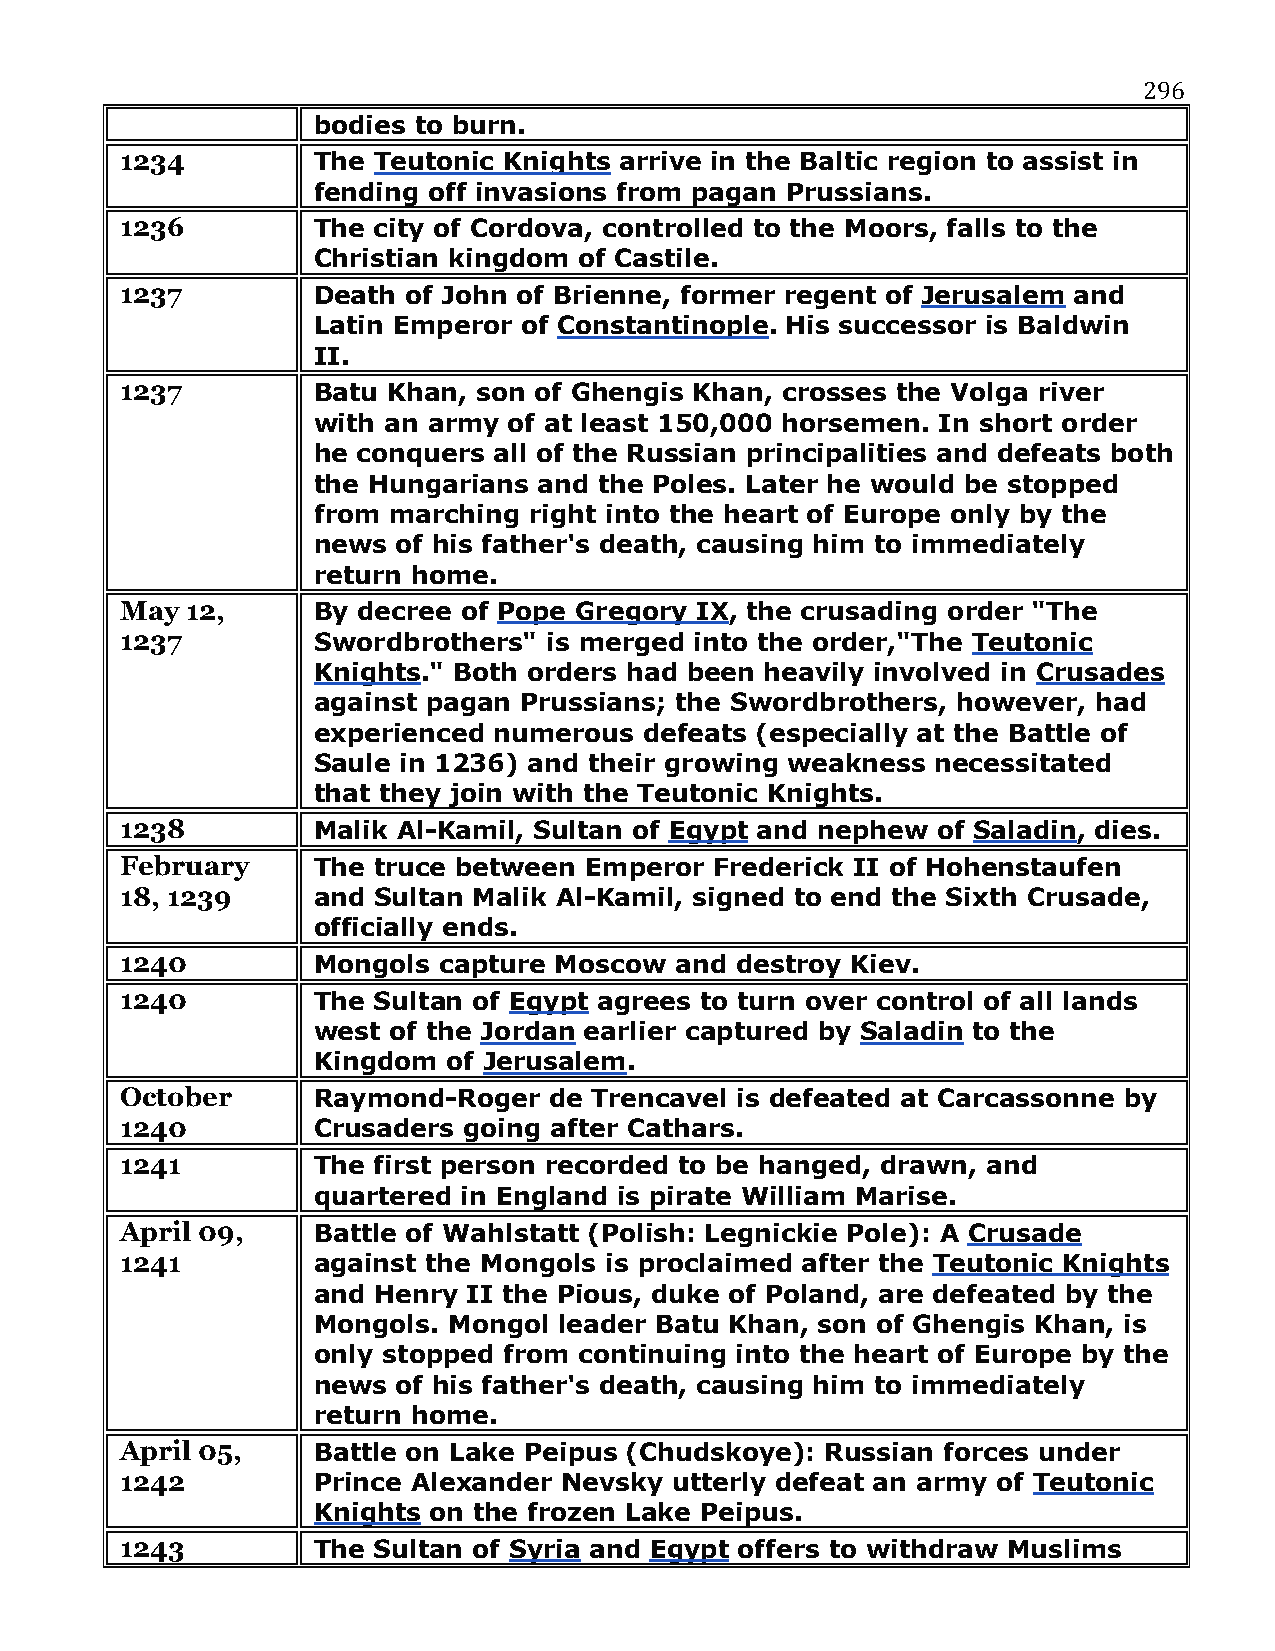
296
 bodies to burn.
 1234         The Teutonic Knights arrive in the Baltic region to assist in
 fending off invasions from pagan Prussians.
 1236         The city of Cordova, controlled to the Moors, falls to the
 Christian kingdom of Castile.
 1237         Death of John of Brienne, former regent of Jerusalem and
 Latin Emperor of Constantinople. His successor is Baldwin
 II.
 1237         Batu Khan, son of Ghengis Khan, crosses the Volga river
 with an army of at least 150,000 horsemen. In short order
 he conquers all of the Russian principalities and defeats both
 the Hungarians and the Poles. Later he would be stopped
 from marching right into the heart of Europe only by the
 news of his father's death, causing him to immediately
 return home.
 May 12,      By decree of Pope Gregory IX, the crusading order "The
 1237         Swordbrothers" is merged into the order,"The Teutonic
 Knights." Both orders had been heavily involved in Crusades
 against pagan Prussians; the Swordbrothers, however, had
 experienced numerous  defeats (especially at the Battle of
 Saule in 1236) and their growing weakness necessitated
 that they join with the Teutonic Knights.
 1238         Malik Al-Kamil, Sultan of Egypt and nephew of Saladin, dies.
 February     The truce between Emperor Frederick II of Hohenstaufen
 18, 1239     and Sultan Malik Al-Kamil, signed to end the Sixth Crusade,
 officially ends.
 1240         Mongols capture Moscow  and destroy Kiev.
 1240         The Sultan of Egypt agrees to turn over control of all lands
 west of the Jordan earlier captured by Saladin to the
 Kingdom  of Jerusalem.
 October      Raymond-Roger  de Trencavel is defeated at Carcassonne by
 1240         Crusaders going after Cathars.
 1241         The first person recorded to be hanged, drawn, and
 quartered in England is pirate William Marise.
 April 09,    Battle of Wahlstatt (Polish: Legnickie Pole): A Crusade
 1241         against the Mongols is proclaimed after the Teutonic Knights
 and Henry II the Pious, duke of Poland, are defeated by the
 Mongols. Mongol leader Batu Khan, son of Ghengis Khan, is
 only stopped from continuing into the heart of Europe by the
 news of his father's death, causing him to immediately
 return home.
 April 05,    Battle on Lake Peipus (Chudskoye): Russian forces under
 1242         Prince Alexander Nevsky utterly defeat an army of Teutonic
 Knights on the frozen Lake Peipus.
 1243         The Sultan of Syria and Egypt offers to withdraw Muslims